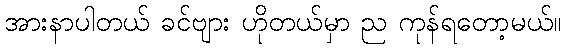
အားနာပါတယ် ခင်ဗျား ဟိုတယ်မှာ ည ကုန်ရတော့မယ်။